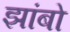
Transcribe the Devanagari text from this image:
झांबो